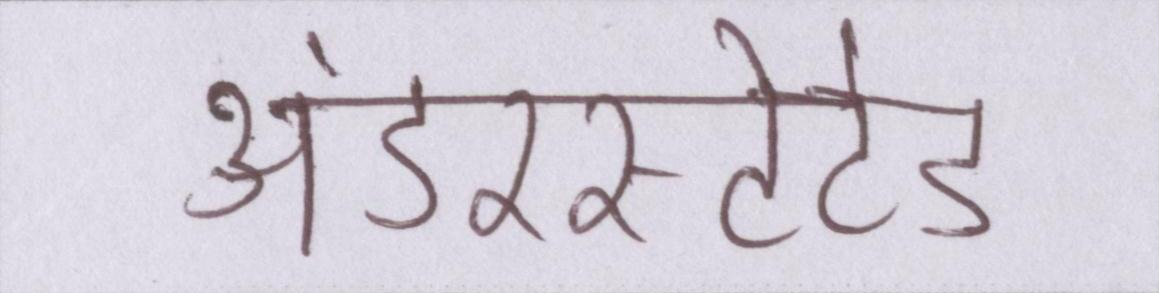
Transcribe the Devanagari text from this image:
अंडरस्टेटेड